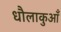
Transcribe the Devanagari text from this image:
धौलाकुआँ